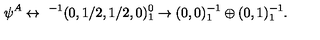
\psi ^ { A } \leftrightarrow \ ^ { - 1 } ( 0 , 1 / 2 , 1 / 2 , 0 ) _ { 1 } ^ { 0 } \rightarrow ( 0 , 0 ) _ { 1 } ^ { - 1 } \oplus ( 0 , 1 ) _ { 1 } ^ { - 1 } .